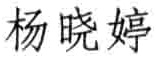
杨晓婷